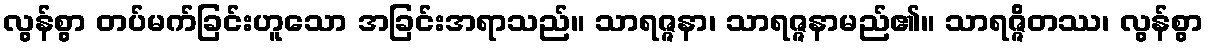
လွန်စွာ တပ်မက်ခြင်းဟူသော အခြင်းအရာသည်။ သာရဇ္ဇနာ၊ သာရဇ္ဇနာမည်၏။ သာရဇ္ဇိတဿ၊ လွန်စွာ